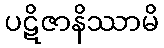
ပဋိဇာနိဿာမိ